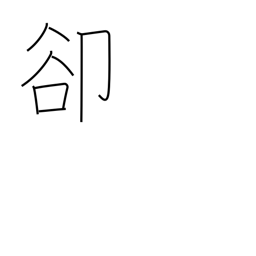
Meaning: instead